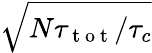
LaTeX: \sqrt{N\tau_{\mathrm{~t~o~t~}}/\tau_{c}}